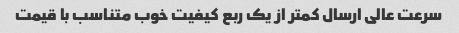
سرعت عالی ارسال کمتر از یک ربع کیفیت خوب متناسب با قیمت